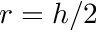
r = h / 2